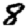
Digit: 8